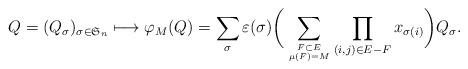
LaTeX: \begin{align*}Q=(Q_\sigma)_{\sigma\in \mathfrak{S}_n} \longmapsto\varphi_M(Q)=\sum_{\sigma}\varepsilon(\sigma)\bigg(\sum_{F\subset E\atop\mu(F)=M} \prod_{(i,j)\in E-F} x_{\sigma(i)}\bigg)Q_\sigma.\end{align*}